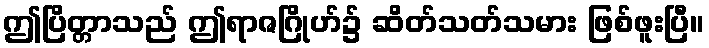
ဤပြိတ္တာသည် ဤရာဇဂြိုဟ်၌ ဆိတ်သတ်သမား ဖြစ်ဖူးပြီ။